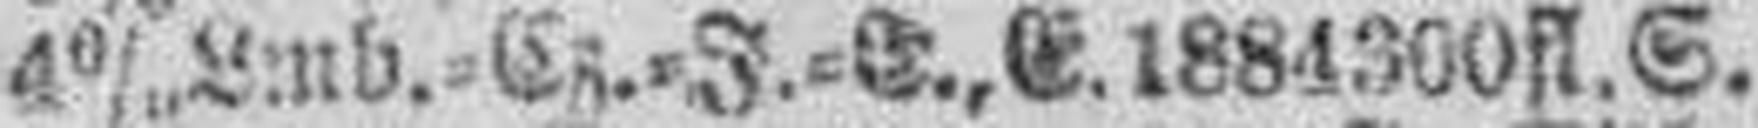
4% Lmb.=Cz.=J.=E., E. 1884 300 fl. S.